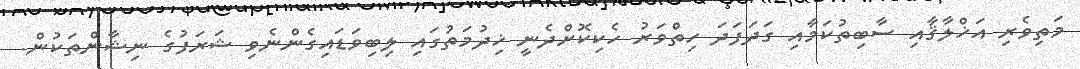
މަތިވެރި އަޚްލާޤާއި ސާބިތުކަމާއި ގަދަފަދަ ހިތްވަރު ހެކިކޮށްދެނީ ޚިދުމަތުގައި ލިބިވަޑައިގެންނެވި ޝަރަފުގެ ނިޝާންތަކުން.